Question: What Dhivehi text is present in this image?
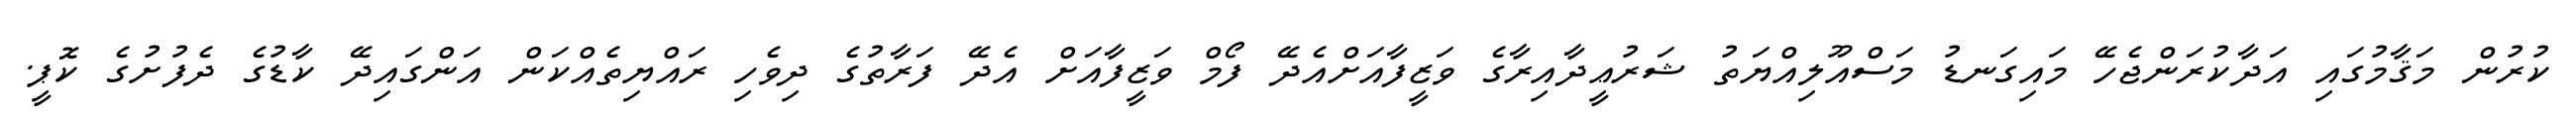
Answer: ކުރުން މަޤާމުގައި އަދާކުރަންޖެހޭ މައިގަނޑު މަސްއޫލިއްޔަތު ޝަރުޢީދާއިރާގެ ވަޒީފާއަށްއެދޭ ފޯމް ވަޒީފާއަށް އެދޭ ފަރާތުގެ ދިވެހި ރައްޔިތެއްކަން އަންގައިދޭ ކާޑުގެ ދެފުށުގެ ކޮޕީ.